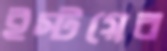
ইস্টয়ের